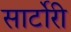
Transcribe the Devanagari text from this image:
सार्टोरी